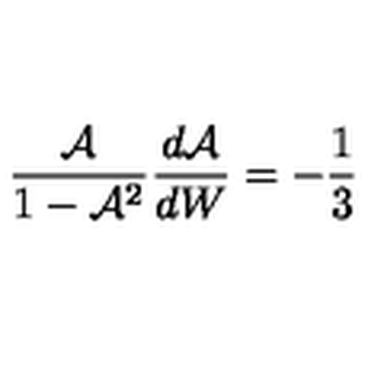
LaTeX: \frac { \mathcal { A } } { 1 - \mathcal { A } ^ { 2 } } \frac { d \mathcal { A } } { d W } = - \frac { 1 } { 3 }